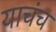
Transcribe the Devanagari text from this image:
याचंच